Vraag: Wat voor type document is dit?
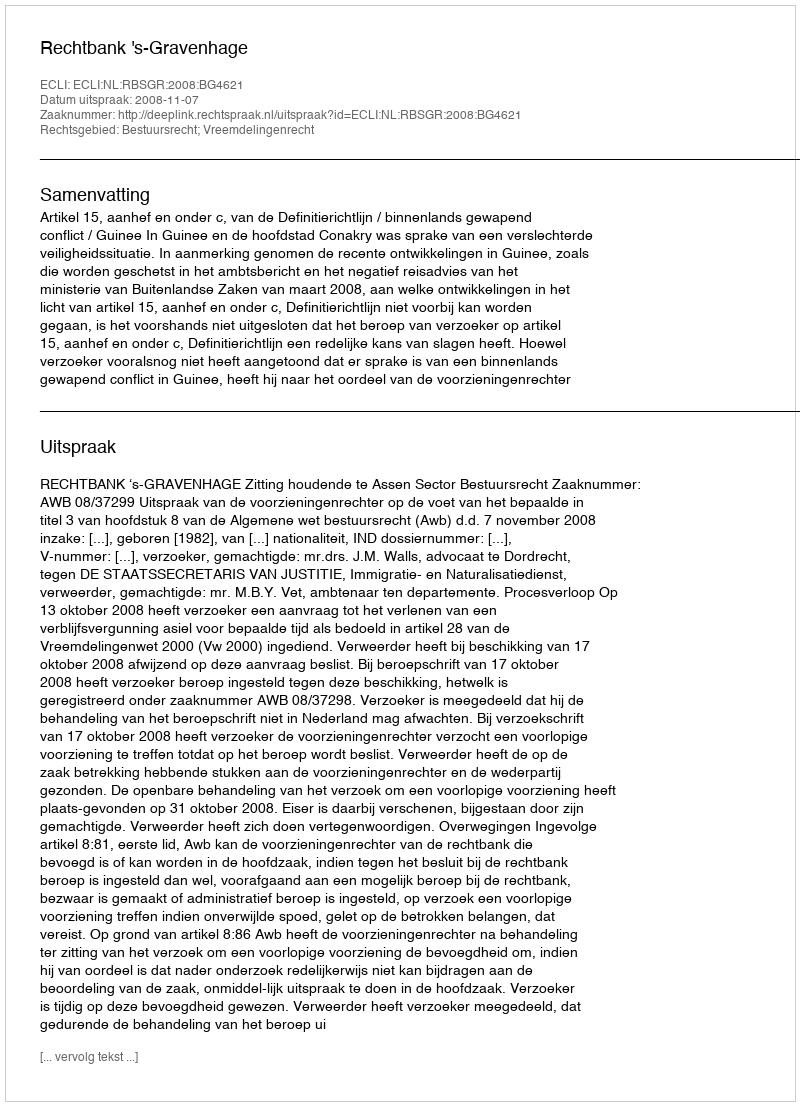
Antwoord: Uitspraak